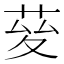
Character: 𦯩